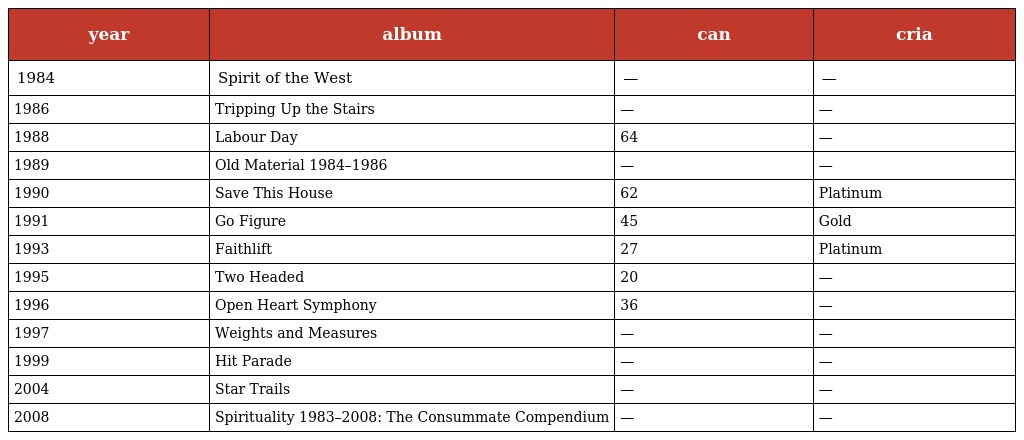
| year | album | can | cria |
 | --- | --- | --- | --- |
 | 1984 | Spirit of the West | — | — |
 | 1986 | Tripping Up the Stairs | — | — |
 | 1988 | Labour Day | 64 | — |
 | 1989 | Old Material 1984–1986 | — | — |
 | 1990 | Save This House | 62 | Platinum |
 | 1991 | Go Figure | 45 | Gold |
 | 1993 | Faithlift | 27 | Platinum |
 | 1995 | Two Headed | 20 | — |
 | 1996 | Open Heart Symphony | 36 | — |
 | 1997 | Weights and Measures | — | — |
 | 1999 | Hit Parade | — | — |
 | 2004 | Star Trails | — | — |
 | 2008 | Spirituality 1983–2008: The Consummate Compendium | — | — |